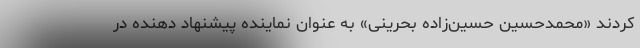
کردند «محمدحسین حسین‌زاده بحرینی» به عنوان نماینده پیشنهاد دهنده در